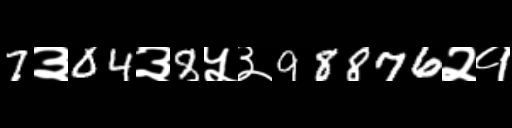
Text: 7३04३8५३98876२१